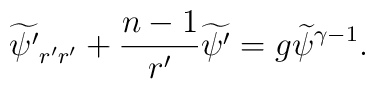
{\widetilde{\psi'}}_{r'r'}+{{n-1}\over {r'}}{\widetilde{\psi'}}=g{\widetilde{\psi}}^{\gamma-1}.